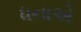
ધનાએ